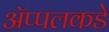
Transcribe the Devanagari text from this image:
ॲप्पलकडे